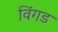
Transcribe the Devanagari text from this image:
विंगड